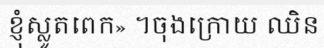
ខ្ញុំស្លូតពេក» ។ចុងក្រោយ ឈិន